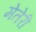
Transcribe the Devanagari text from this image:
मेतेरी